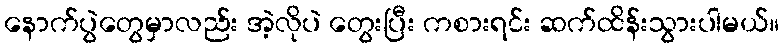
နောက်ပွဲတွေမှာလည်း အဲ့လိုပဲ တွေးပြီး ကစားရင်း ဆက်ထိန်းသွားပါမယ်။